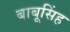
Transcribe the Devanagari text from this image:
बाबूसिंह